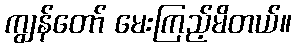
ကျွန်တော် မေးကြည့်မိတယ်။